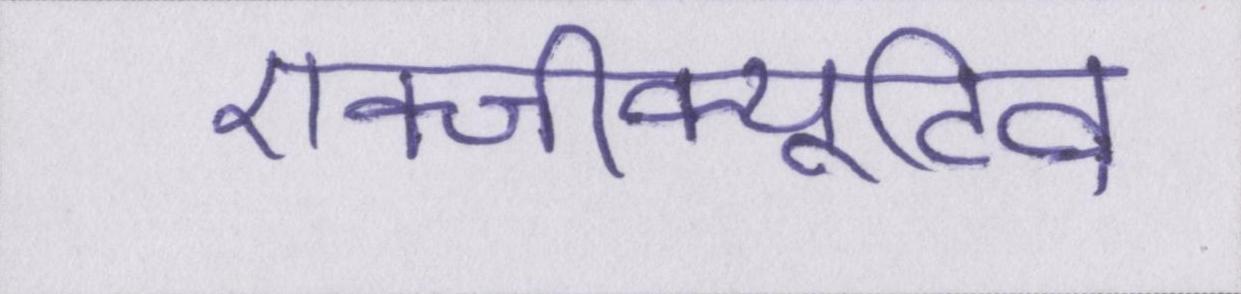
एक्जीक्यूटिव